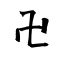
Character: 卍